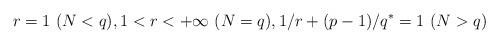
LaTeX: \begin{align*} r=1 \ (N<q), 1<r<+\infty \ (N=q), 1/r+(p-1)/q^\ast=1 \ (N>q)\end{align*}